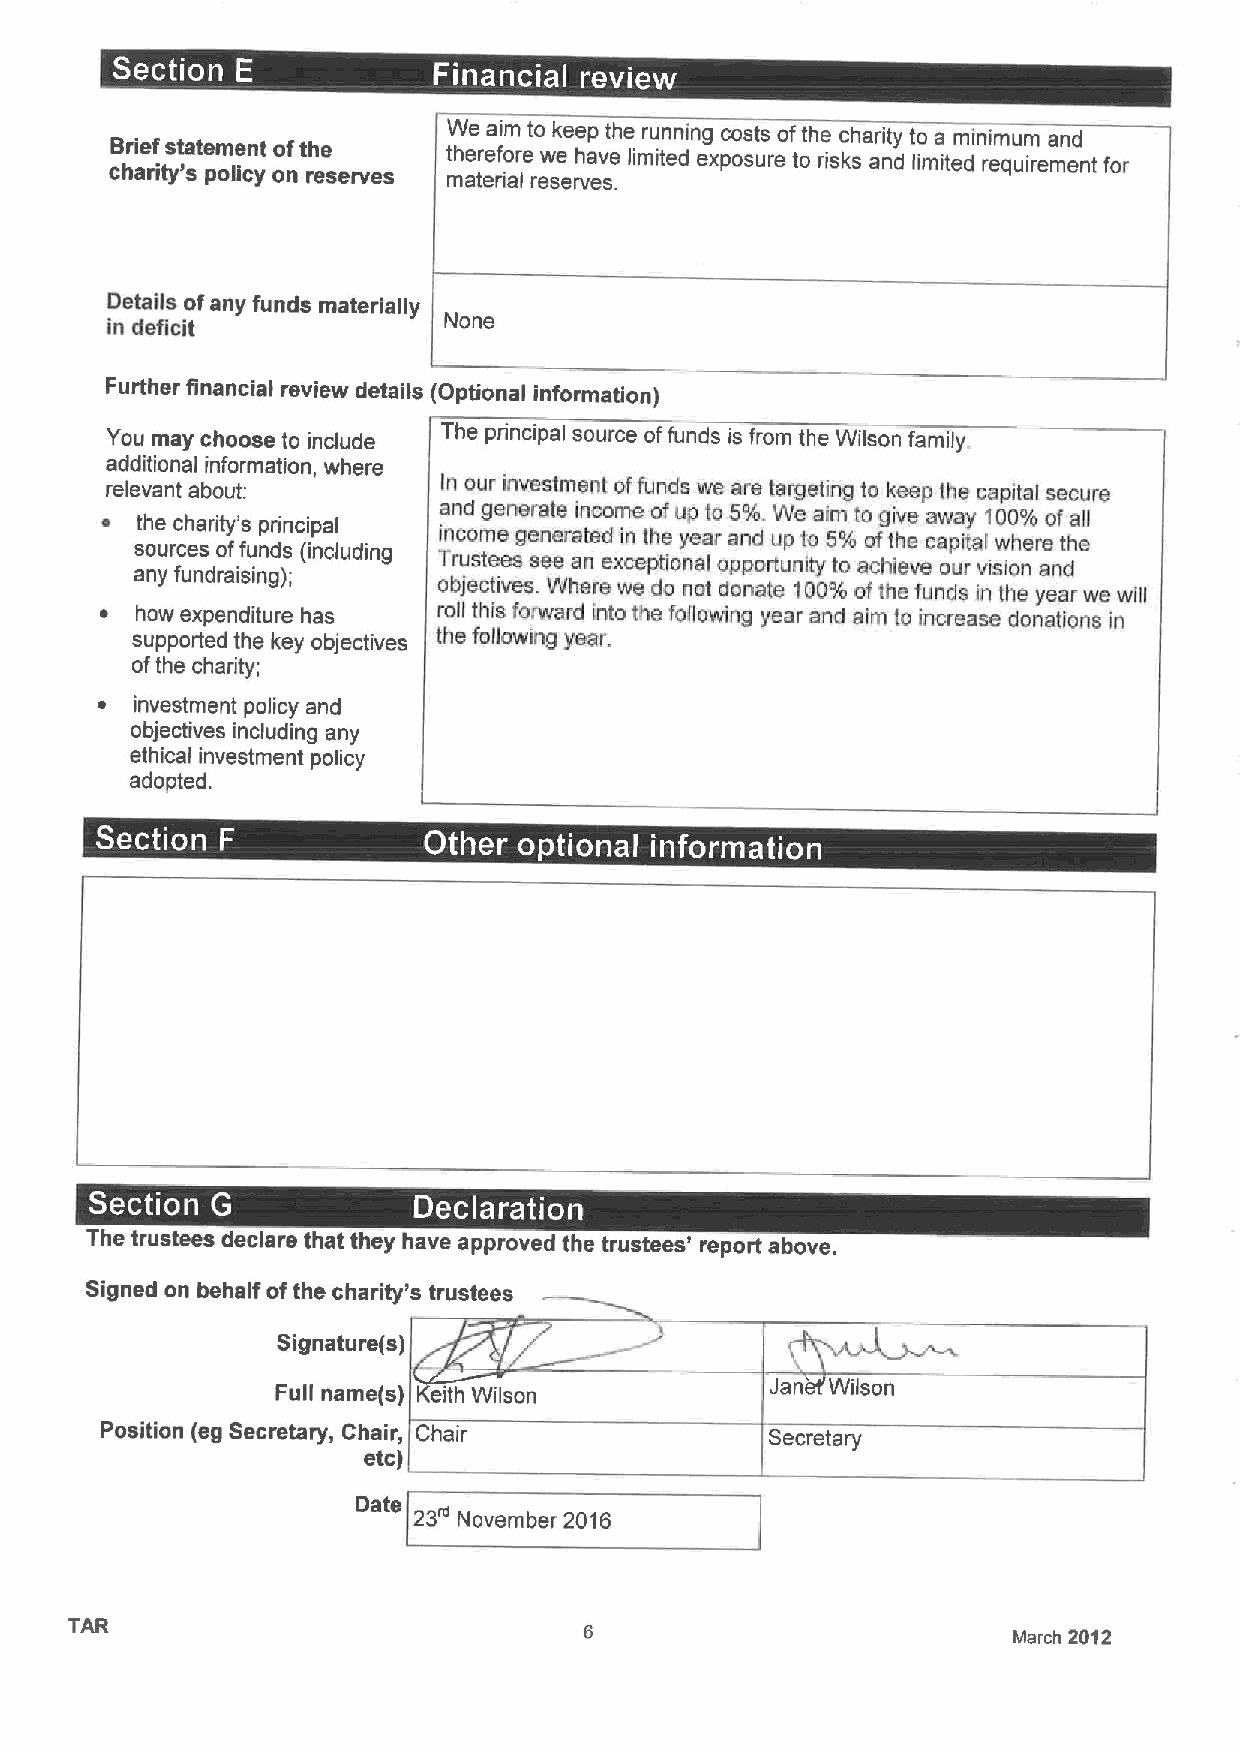
cB hr aie rif tys 't sate pm oe lin ct
 y
 oo nfth ree
 serves
 tW mh aee tr eea rf ii o am r let ro ew sk e ee re vhp a ev s.ethe limru in ten ding expc oo ss uts reof toth re iskch sar ai nty d t lo ima item din rim equ um irema en nd t for
 Details ofany funds materially
 in deficit
 Further financial review details (Optional information)
 You may choose to include The principal source offunds is from the Wilson family.
 additional information, where
 relevant about:       In our investment offunds we are targeting to keep the secure
 capital
 ~ the charity's principal and generate income ofup to 5%.We aim to give away 100%of all
 sources offunds (including Tin rc uo sm tee esge sn ee era at ned exi cn epth tie ony ae lar opa pn od rtuu np ityto 5 t%
 o
 ao cf hit eh ve eca op ui rtal visw ioh nere andthe
 any fundraising);
 objectives. Where we do not donate 100%aofthe funds in the year we will
 ~ how expenditure has roll this forward into the following year and aim to increase donations in
 supported the key objectives the following year.
 ofthe charity;
 ~  investment policy and
 objectives including any
 ethical investment policy
 adopted.
 .
 -                 .
 ~
 ~ ~ ~      ~     ~
 .
 .
 -
 ~       ~
 The trustees declare that they have approved the trustees' report above.
 Signed on behalf ofthe charity's trustees
 Signature(s)
 Full name(s) eith Wilson         Jan Wilson
 Position (eg Secretary, Chair, Chair        Secretary
 etc)
 Date
 23 November 2016
 TAR
 March 2012